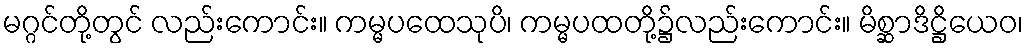
မဂ္ဂင်တို့တွင် လည်းကောင်း။ ကမ္မပထေသုပိ၊ ကမ္မပထတို့၌လည်းကောင်း။ မိစ္ဆာဒိဋ္ဌိယေဝ၊